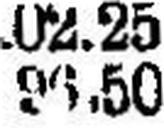
96.50